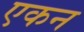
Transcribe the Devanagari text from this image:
एकन